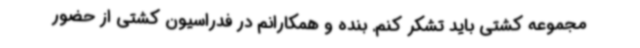
مجموعه کشتی باید تشکر کنم. بنده و همکارانم در فدراسیون کشتی از حضور